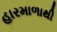
હારમાળાથી